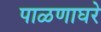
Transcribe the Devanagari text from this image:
पाळणाघरे